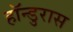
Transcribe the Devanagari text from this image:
हॉन्डुरास